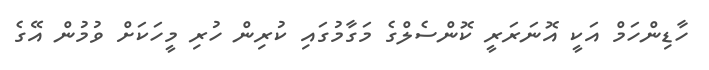
ހާޑިންހަމް އަކީ އޮނަރަރީ ކޮންސެލްގެ މަގާމުގައި ކުރިން ހުރި މީހަކަށް ވުމުން އޭގެ